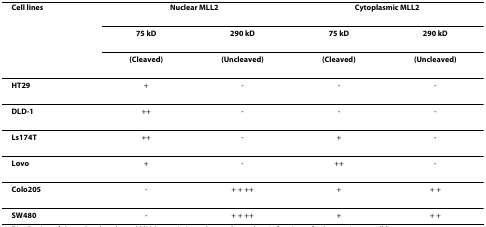
<table><thead><tr><td><b>Cell lines</b></td><td colspan="2"><b>Nuclear MLL2</b></td><td colspan="2"><b>Cytoplasmic MLL2</b></td></tr><tr><td></td><td><b>75 kD</b></td><td><b>290 kD</b></td><td><b>75 kD</b></td><td><b>290 kD</b></td></tr><tr><td></td><td><b>(Cleaved)</b></td><td><b>(Uncleaved)</b></td><td><b>(Cleaved)</b></td><td><b>(Uncleaved)</b></td></tr></thead><tbody><tr><td><b>HT29</b></td><td>+</td><td>-</td><td>-</td><td>-</td></tr><tr><td><b>DLD-1</b></td><td>++</td><td>-</td><td>-</td><td>-</td></tr><tr><td><b>Ls174T</b></td><td>++</td><td>-</td><td>+</td><td>-</td></tr><tr><td><b>Lovo</b></td><td>+</td><td>-</td><td>++</td><td>-</td></tr><tr><td><b>Colo205</b></td><td>-</td><td>+ + ++</td><td>+</td><td>+ +</td></tr><tr><td><b>SW480</b></td><td>-</td><td>+ + ++</td><td>+</td><td>+ +</td></tr></tbody></table>